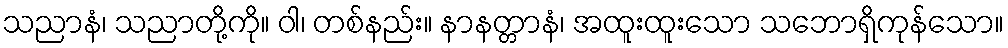
သညာနံ၊ သညာတို့ကို။ ဝါ၊ တစ်နည်း။ နာနတ္တာနံ၊ အထူးထူးသော သဘောရှိကုန်သော။